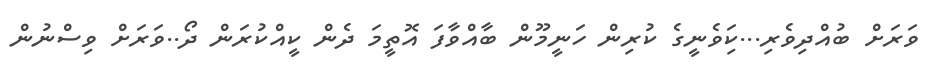
ވަރަށް ބުއްދިވެރި...ކަިވެނީގެ ކުރިން ހަނީމޫން ބާއްވާފަ އޮތީމަ ދެން ކީއްކުރަން ދޯ..ވަރަށް ވިސްނުން